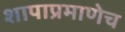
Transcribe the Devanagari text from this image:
शापाप्रमाणेच